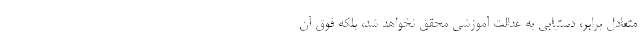
متعادل برابر، دستیابی به عدالت آموزشی محقق نخواهد شد، بلکه فوق آن